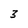
Character: 3